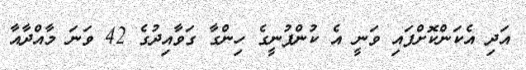
އަދި އެކަންކޮށްފައި ވަނީ އެ ކުންފުނީގެ ހިންގާ ގަވާއިދުގެ 42 ވަނަ މާއްދާއާ